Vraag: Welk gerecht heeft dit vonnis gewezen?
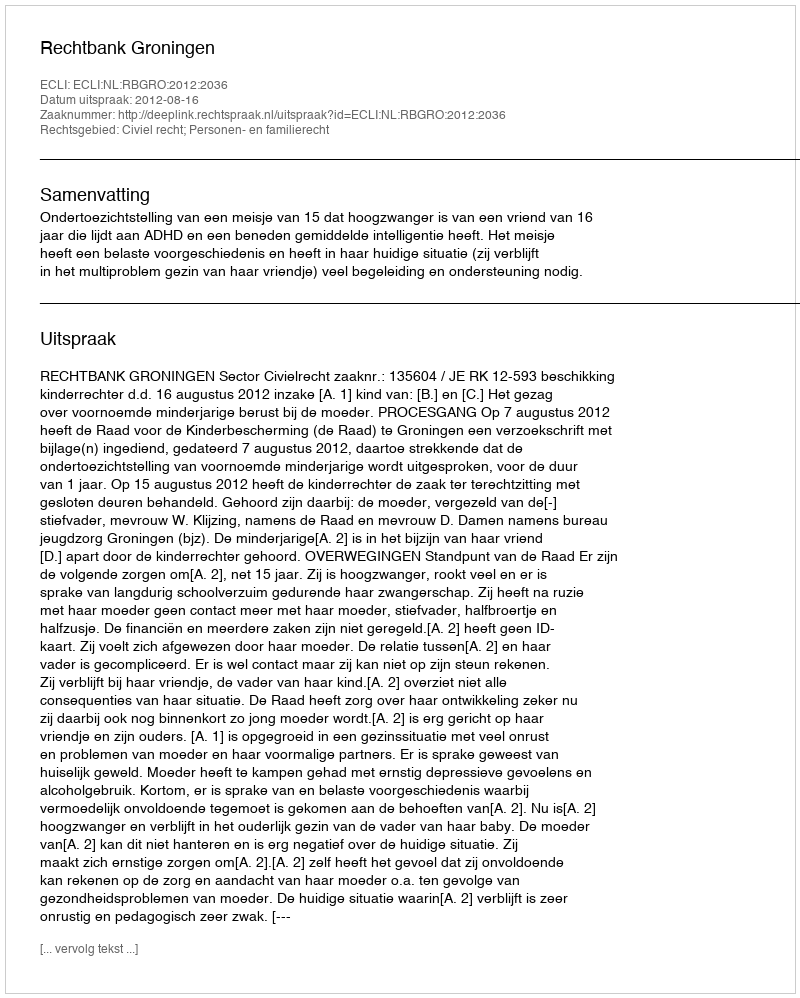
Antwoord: Rechtbank Groningen